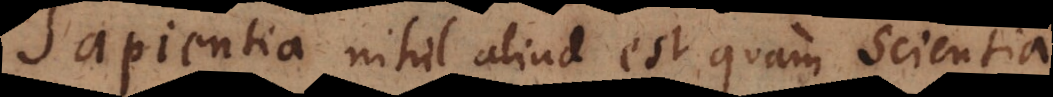
apientia nihil aliud est quam scientia